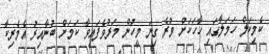
ކެމިކަލް ހަމަލާގައި ހާހަކަށް ވުރެ ގިނަ މީހުން މަރުވެފައިވާ ކަމަށް ބުނާއިރު އެމެރިކާ